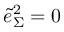
\tilde { e } _ { \Sigma } ^ { 2 } = 0